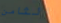
الثامن